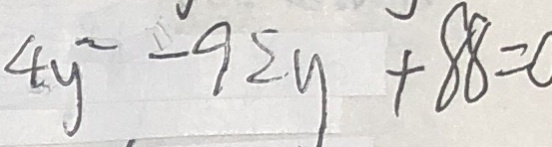
4 y ^ { 2 } - 9 2 y + 8 8 = 0